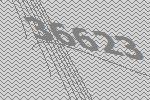
36623